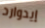
إيدوارد